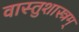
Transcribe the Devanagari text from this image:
वास्तुशास्त्रम्‌